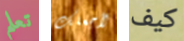
تعلم لأجعلك كيف